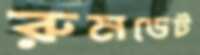
রুমডেট